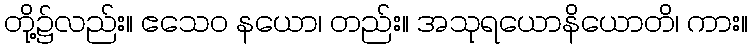
တို့၌လည်း။ ဧသေဝ နယော၊ တည်း။ အသုရယောနိယောတိ၊ ကား။